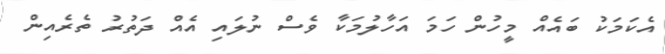
އެކަމަކު ބައެއް މީހުން ހަމަ އަހާލުމަކާ ވެސް ނުލައި އެއް ދަތުރު ތެރެއިން